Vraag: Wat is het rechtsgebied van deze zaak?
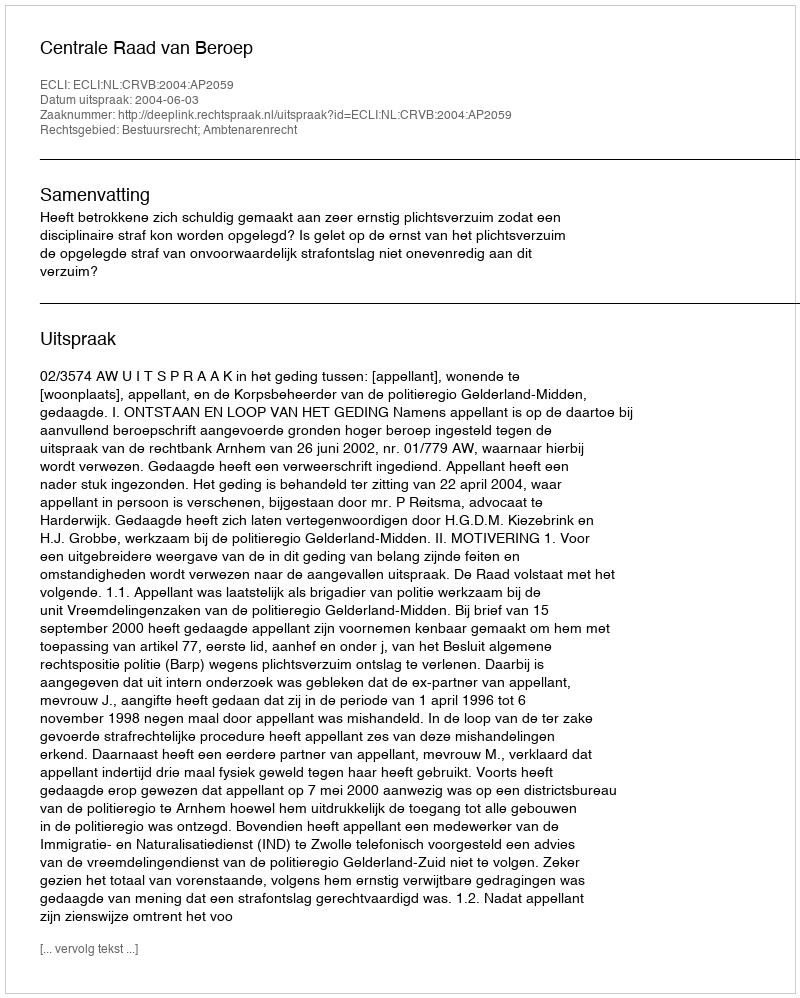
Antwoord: Bestuursrecht; Ambtenarenrecht